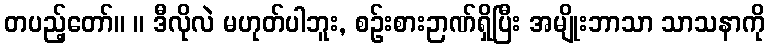
တပည့်တော်။ ။ ဒီလိုလဲ မဟုတ်ပါဘူး, စဉ်းစားဉာဏ်ရှိပြီး အမျိုးဘာသာ သာသနာကို